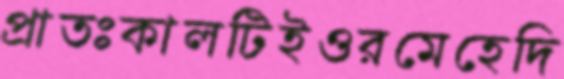
প্রাতঃকালটিইওরমেহেদি